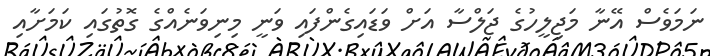
ނަމަވެސް އޭނާ މަޖިލީހުގެ ޖަލްސާ އަށް ވަޑައިގެންފައި ވަނީ މިނިވަނެއްގެ ގޮތުގައި ކަމަށާއި